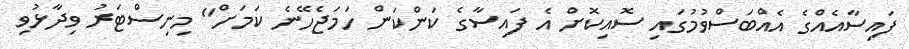
ފައިސާއެއްގެ އެއްބަސްވުމުގައި ސޮއިކޮށް އެ ފައިސާގެ ކަންކަން ހަމަޖެހޭނެ ކަމަށް" މިނިސްޓަރު ވިދާޅުވި